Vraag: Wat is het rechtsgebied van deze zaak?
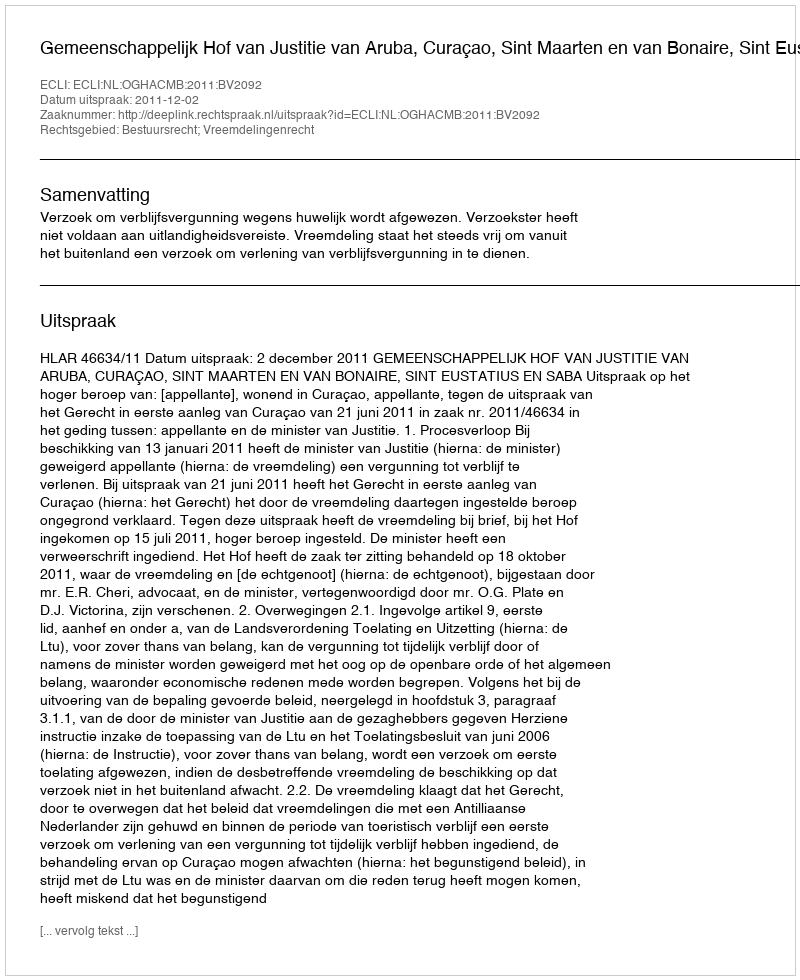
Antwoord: Bestuursrecht; Vreemdelingenrecht